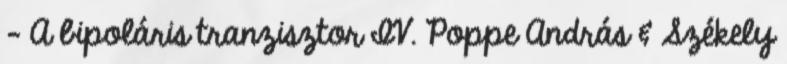
- A bipoláris tranzisztor IV. Poppe András & Székely